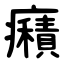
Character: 癪